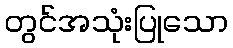
တွင်အသုံးပြုသော